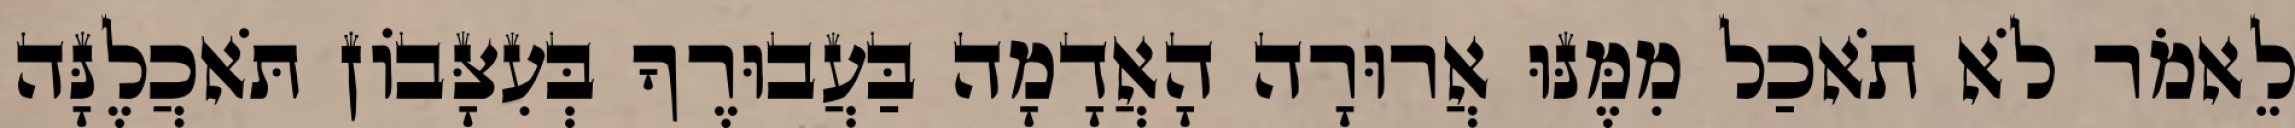
לֵאמֹר לֹא תֹאכַל מִמֶּנּוּ אֲרוּרָה הָאֲדָמָה בַּעֲבוּרֶךָ בְּעִצָּבֹון תֹּאכֲלֶנָּה